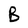
Character: B